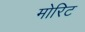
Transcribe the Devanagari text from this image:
मोरिट